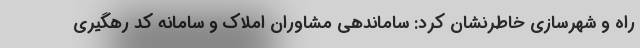
راه و شهرسازی خاطرنشان کرد: ساماندهی مشاوران املاک و سامانه کد رهگیری